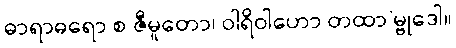
ဓာရာဓရော စ ဇီမူတော၊ ဝါရိဝါဟော တထာ’မ္ဗုဒေါ။